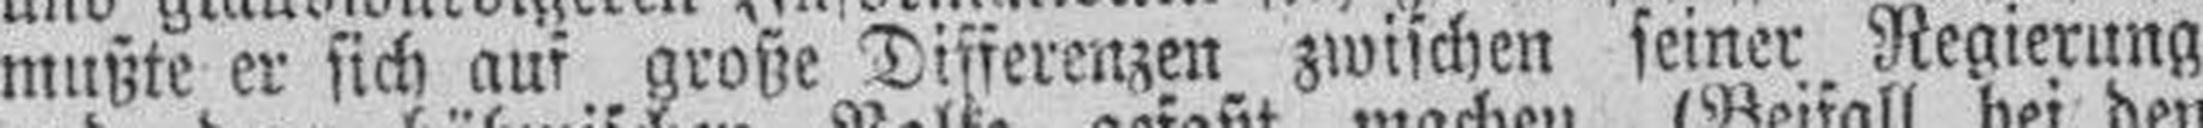
mußte er sich auf große Differenzen zwischen seiner Regierung